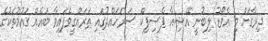
ދިރާގަށް މި އެވޯޑު ލިބުނީ އޭޝިއާ ޕެސިފިކް ސަރަހައްދުގައި ތަރައްގީވެފައިވާ ބައެއް ގައުމުތަކުގެ